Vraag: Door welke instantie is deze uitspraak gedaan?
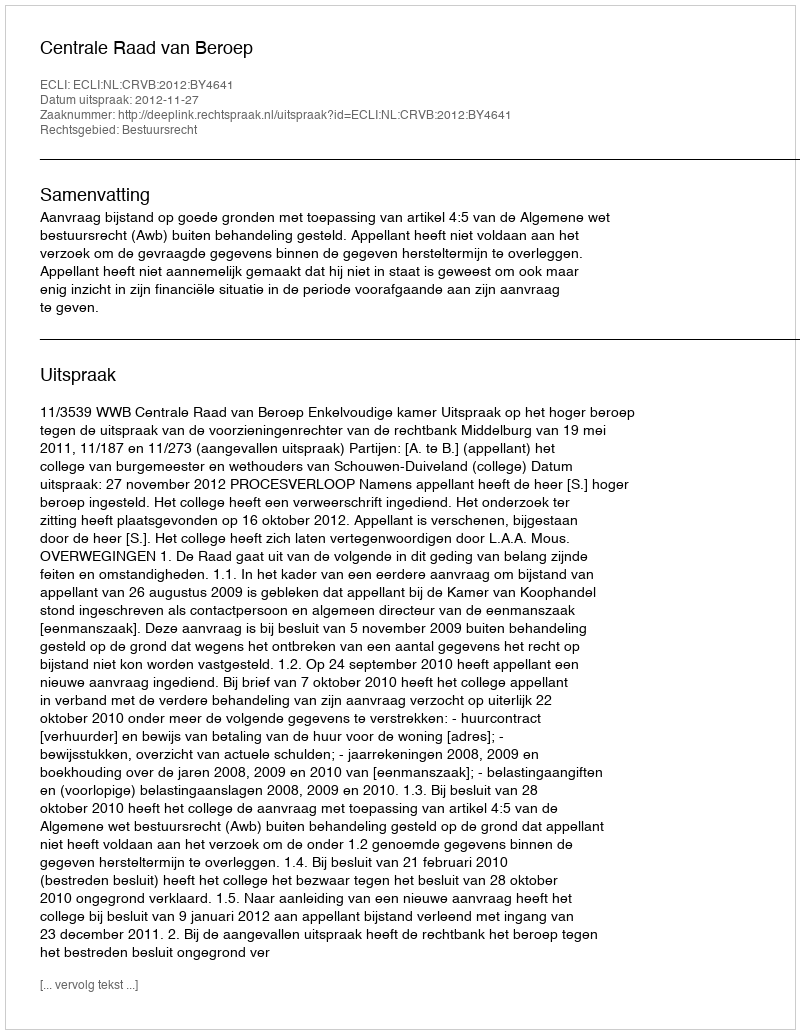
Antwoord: Centrale Raad van Beroep